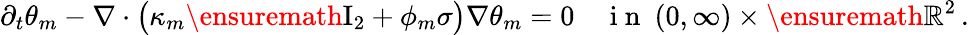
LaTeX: \partial_{t}\theta_{m}-\nabla\cdot\bigl(\kappa_{m}\ensuremath{\mathrm{I}_{2}}+\phi_{m}\sigma\bigr)\nabla\theta_{m}=0\quad\mathrm{~i~n~}\ (0,\infty)\times\ensuremath{\mathbb{R}}^{2}\, .